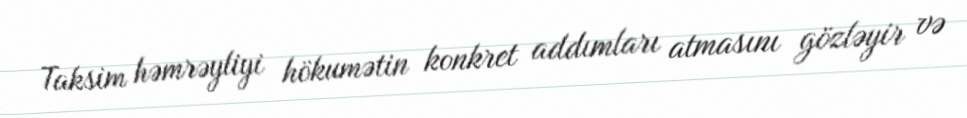
Taksim həmrəyliyi hökumətin konkret addımları atmasını gözləyir və